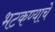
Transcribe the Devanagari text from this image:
भटकण्याचे